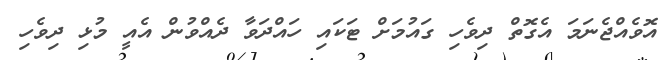
އޮވެއްޖެނަމަ އެގޮތް ދިވެހި ގައުމަށް ޓަކައި ހައްދަވާ ދެއްވުން އެއީ މުޅި ދިވެހި